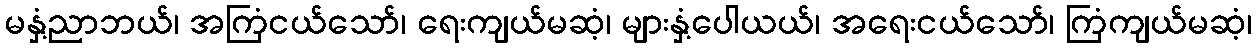
မနှံ့ညာဘယ်၊ အကြံငယ်သော်၊ ရေးကျယ်မဆံ့၊ များနှံ့ပေါယယ်၊ အရေးငယ်သော်၊ ကြံကျယ်မဆံ့၊